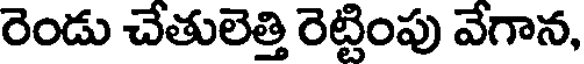
రెండు చేతులెత్తి రెట్టింపు వేగాన,